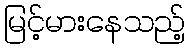
မြင့်မားနေသည့်